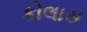
કોલાસ